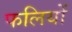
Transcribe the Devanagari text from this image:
फलियों